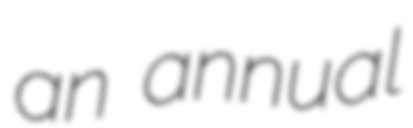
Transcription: an annual